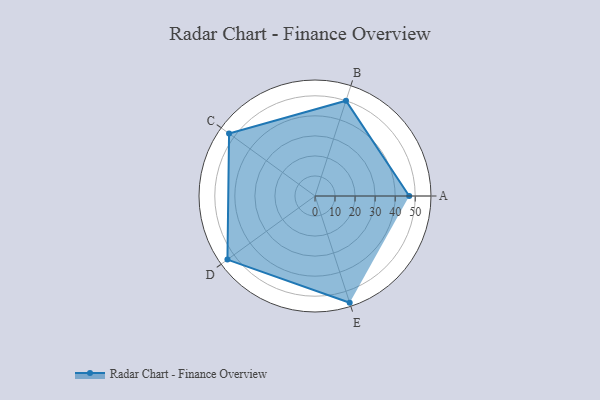
{"axis": {"x": "Skill", "y": "Score"}, "legend": ["Profile"], "data": [{"x": "A", "y": 47.0, "type": "Profile"}, {"x": "B", "y": 50.0, "type": "Profile"}, {"x": "C", "y": 53.0, "type": "Profile"}, {"x": "D", "y": 54.0, "type": "Profile"}, {"x": "E", "y": 56.0, "type": "Profile"}]}